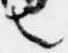
也